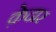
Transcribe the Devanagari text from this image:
क़ेदार